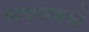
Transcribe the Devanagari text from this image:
व्यवसाइयों